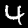
Digit: 4